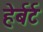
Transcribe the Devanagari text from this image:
हेर्बर्ट